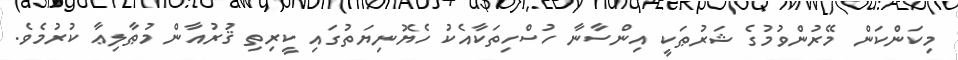
މިކަންކަން މޭރުންވުމުގެ ޝަރުޠަކީ އިންސާނާ ހުސްހިތަކާއެކު ހެޔޮނިޔަތުގައި ކީރިތި ޤުރުއާން މުޠާލިޢާ ކުރުމެވެ.